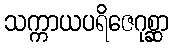
သက္ကာယပရိဇေဂုစ္ဆာ